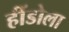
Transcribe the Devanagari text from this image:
हींडोला